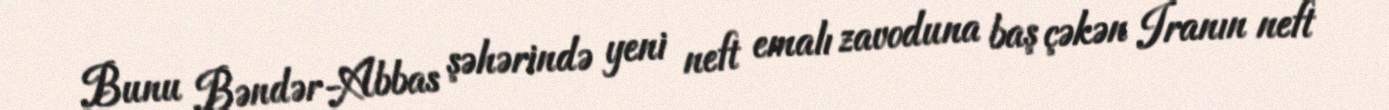
Bunu Bəndər-Abbas şəhərində yeni neft emalı zavoduna baş çəkən İranın neft